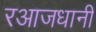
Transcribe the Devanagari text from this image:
रआजधानी